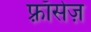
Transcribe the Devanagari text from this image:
फ़्राँसेज़